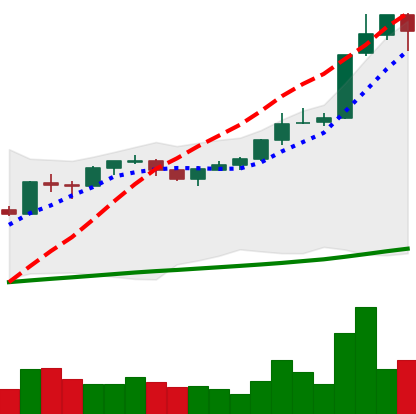
Ticker: BTC-USD
Chart end date: 2017-10-15
Forward return: 5.869%
Label: up_5_7